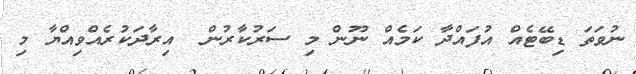
ނުވަތަ ޑިބޭޓެއް އުފައްދާ ކަމެއް ނޫން މި ސަރުކާރުން  އިރާދަކުރެއްވިއްޔާ މި